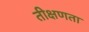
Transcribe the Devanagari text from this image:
तीक्षणता